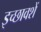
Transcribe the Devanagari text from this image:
इच्छावशें